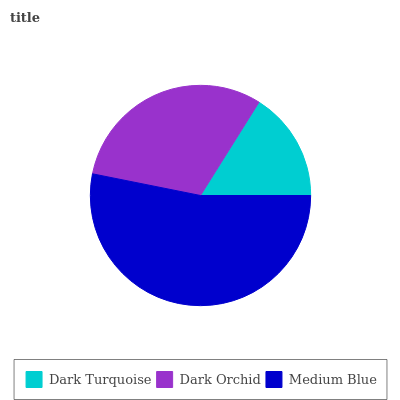
| Dark Turquoise | Dark Orchid | Medium Blue |
 | --- | --- | --- |
 | 16.1% | 30.7% | 53.2% |